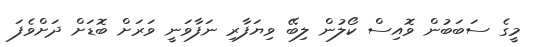
މީގެ ސަބަބުން ވޮއިސް ކޯލުން ލިބޭ ވިޔަފާރި ނަފާވަނީ ވަރަށް ބޮޑަށް ދަށްވެފަ